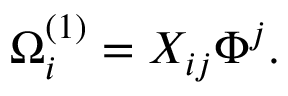
\Omega _ { i } ^ { ( 1 ) } = X _ { i j } \Phi ^ { j } .